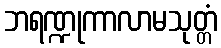
ဘရဏ္ဍုကာလာမသုတ္တံ